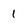
Character: 1